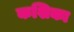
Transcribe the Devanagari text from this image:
कशिका